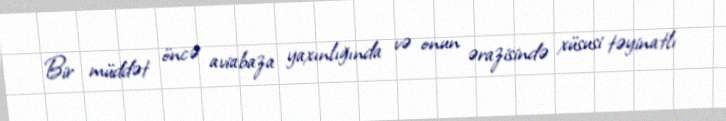
Bir müddət öncə aviabaza yaxınlığında və onun ərazisində xüsusi təyinatlı